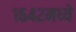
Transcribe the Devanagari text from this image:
१६४२मध्ये